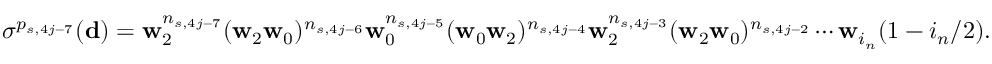
\begin{array} { r } { \sigma ^ { p _ { s , 4 j - 7 } } ( \mathbf d ) = \mathbf w _ { 2 } ^ { n _ { s , 4 j - 7 } } ( \mathbf w _ { 2 } \mathbf w _ { 0 } ) ^ { n _ { s , 4 j - 6 } } \mathbf w _ { 0 } ^ { n _ { s , 4 j - 5 } } ( \mathbf w _ { 0 } \mathbf w _ { 2 } ) ^ { n _ { s , 4 j - 4 } } \mathbf w _ { 2 } ^ { n _ { s , 4 j - 3 } } ( \mathbf w _ { 2 } \mathbf w _ { 0 } ) ^ { n _ { s , 4 j - 2 } } \cdots \mathbf w _ { i _ { n } } ( 1 - i _ { n } / 2 ) . } \end{array}